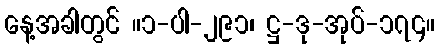
နေ့အခါတွင် ။၁-ပါ-၂၉၁၊ ဋ္ဌ-ဒု-အုပ်-၁၇၄။